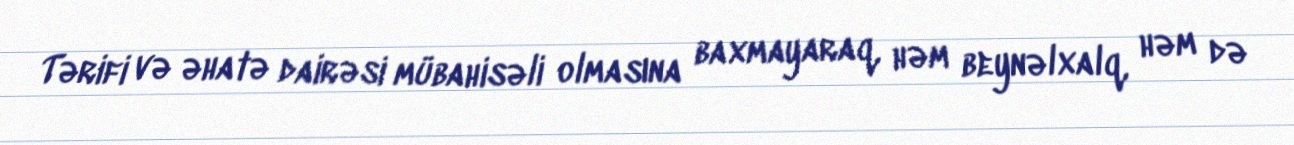
Tərifi və əhatə dairəsi mübahisəli olmasına baxmayaraq, həm beynəlxalq, həm də